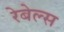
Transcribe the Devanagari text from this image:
रेबेल्स